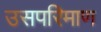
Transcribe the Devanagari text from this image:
उसपरिमाण